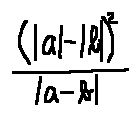
\frac { ( | a | - | b | ) ^ { 2 } } { | a - b | }